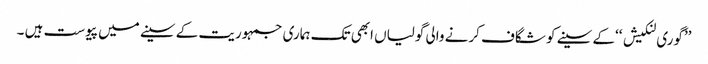
’’گوری لنکیش ‘‘کے سینے کو شگاف کرنے والی گولیاں ابھی تک ہماری جمہوریت کے سینے میں پیوست ہیں ۔